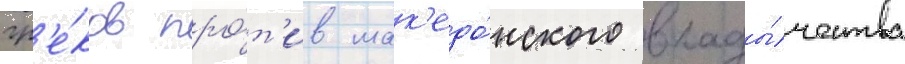
гр'е́ков про́т'ив мак'едо́нского влады́чества